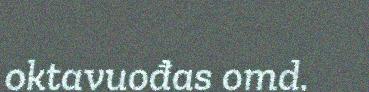
oktavuođas omd.